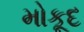
મોકૂદ